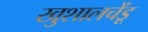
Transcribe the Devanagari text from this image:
खुशालचेंडू